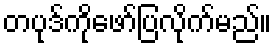
တပုဒ်ကိုဖော်ပြလိုက်မည်။